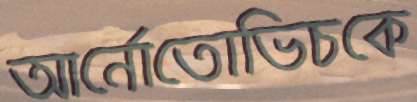
আর্নোতোভিচকে